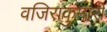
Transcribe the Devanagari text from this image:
वजिराकुमारी